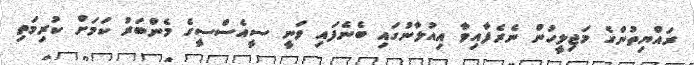
ރައްޔިތުންގެ މަޖިލީހުން ނެރެފާއިވާ އިއުލާނުގައި ބެނެފައި ވަނީ ސީއެސްސީގެ މެންބަރު ކަމަށް ކުރިމަތި